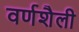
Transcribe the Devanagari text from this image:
वर्णशैली